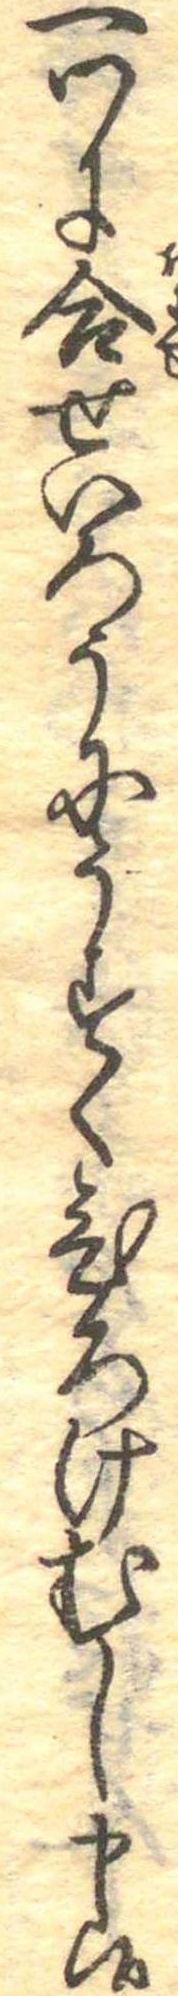
一つに合せいろうにうすくひろけむし申候